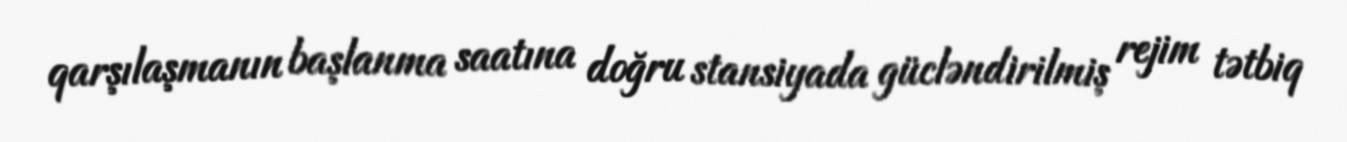
qarşılaşmanın başlanma saatına doğru stansiyada gücləndirilmiş rejim tətbiq